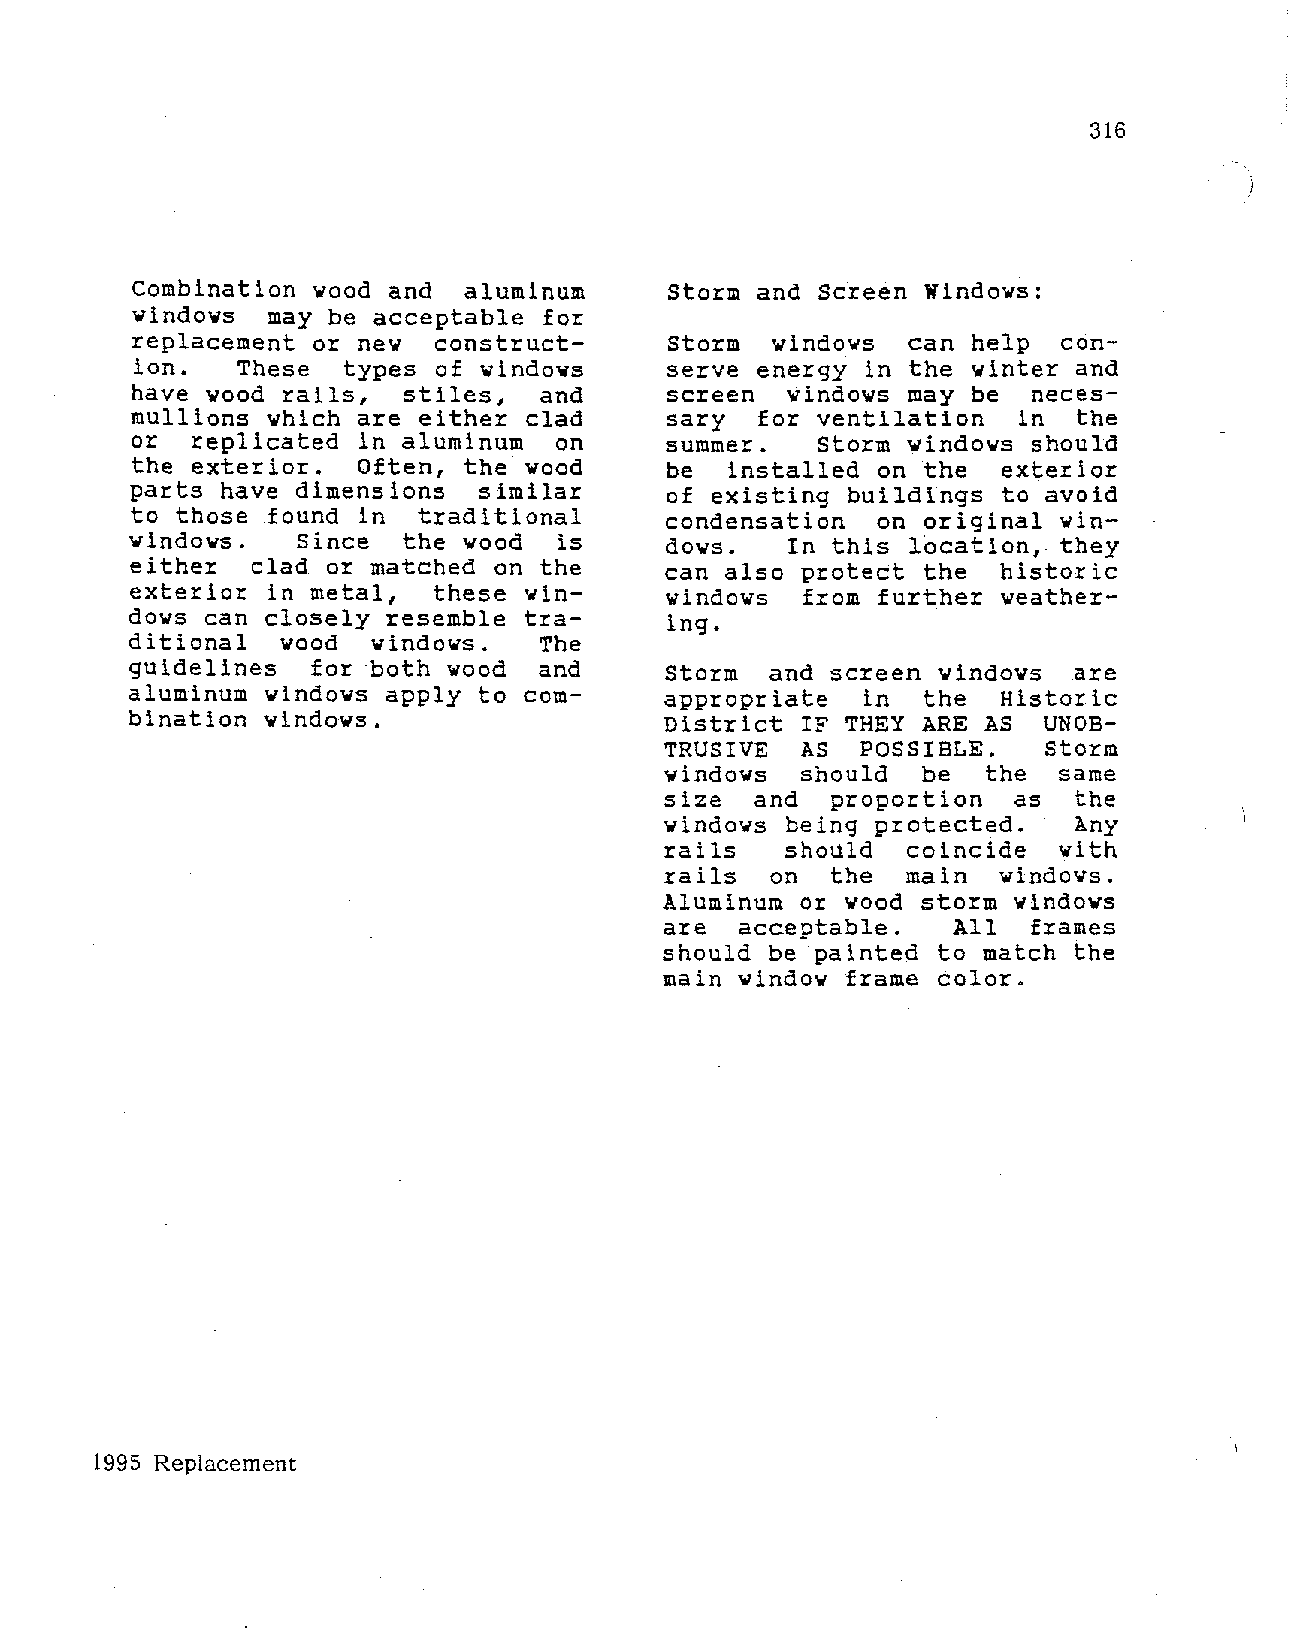
316
 Combination wood and aluminum      Storm and Screen Windows:
 windows may be acceptable  for
 replacement or new   construct      Storm  windows  can help  con
 ion.  These  types  of windows     serve energy in the winter and
 have wood rails,  stiles,  and      screen  windows may be  neces
 mullions which are either  clad     sary  for ventilation  in  the
 or  replicated  in aluminum  on     summer.   Storm windows should
 the exterior.  Often, the  wood     be  installed on the  exterior
 parts have dimensions  similar      of existing buildings to avoid
 to those found  in traditional      condensation  on original win
 windows.   Since  the wood   is     dows.   In this location, they
 either  clad or matched on the      can also protect the  historic
 exterior  in metal, these win       windows  from further weather
 dows can closely resemble tra       ing.
 ditional  wood  windows.   The
 guidelines  for both wood  and      Storm  and screen windows  are
 aluminum windows apply to com       appropriate  in  the  Historic
 bination windows.                   District IF THEY ARE AS  UNOB
 TRUSIVE  AS  POSSIBLE.   Storm
 windows  should  be  the  same
 size  and  proportion  as  the
 windows being protected.   Any
 rails   should  coincide  with
 rails  on  the  main  windows.
 Aluminum or wood storm windows
 are  acceptable.   All  frames
 should be painted to match the
 main window frame color.
 1995 Replacement